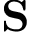
\mathbf { S }